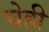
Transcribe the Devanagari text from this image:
चेही